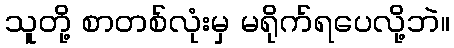
သူတို့ စာတစ်လုံးမှ မရိုက်ရပေလို့ဘဲ။